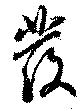
發